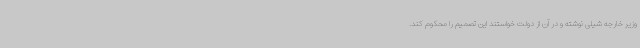
وزیر خارجه شیلی نوشته و در آن از دولت خواستند این تصمیم را محکوم کند.